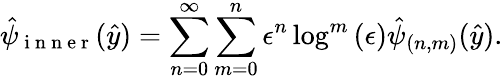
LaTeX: \hat{\psi}_{\mathrm{~i~n~n~e~r~}}(\hat{y})=\sum_{n=0}^{\infty}\sum_{m=0}^{n}\epsilon^{n}\log^{m}{(\epsilon)}\hat{\psi}_{(n,m)}(\hat{y}).